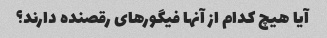
آیا هیچ کدام از آنها فیگورهای رقصنده دارند؟